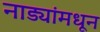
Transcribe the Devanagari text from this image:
नाड्यांमधून